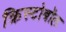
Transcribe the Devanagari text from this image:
क्रिस्टोबॉल